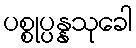
ပစ္စုပ္ပန္နသုခေါ